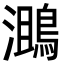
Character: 𪂔